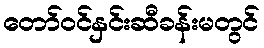
တော်ဝင်နှင်းဆီခန်းမတွင်